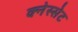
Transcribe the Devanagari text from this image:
क्नेस्सेट